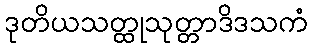
ဒုတိယသတ္ထုသုတ္တာဒိဒသကံ